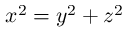
x ^ { 2 } = y ^ { 2 } + z ^ { 2 }